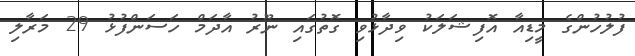
ފުލުހުންގެ މީޑިއާ އޮފިޝަލަކު ވިދާޅުވި ގޮތުގައި ނޫރު އާދަމް ހަސަންފުޅު 29 މަރާލި